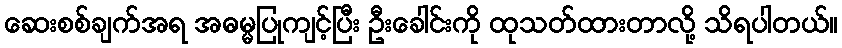
ဆေးစစ်ချက်အရ အဓမ္မပြုကျင့်ပြီး ဦးခေါင်းကို ထုသတ်ထားတာလို့ သိရပါတယ်။